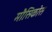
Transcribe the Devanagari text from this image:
मौसिकोस